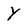
Character: Y